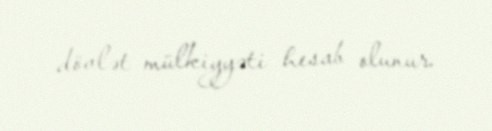
dövlət mülkiyyəti hesab olunur.